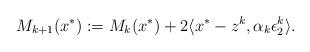
LaTeX: \begin{align*}M_{k+1}(x^*):= M_{k}(x^*)+2\langle x^*-z^k,\alpha_k\epsilon^k_2\rangle.\end{align*}